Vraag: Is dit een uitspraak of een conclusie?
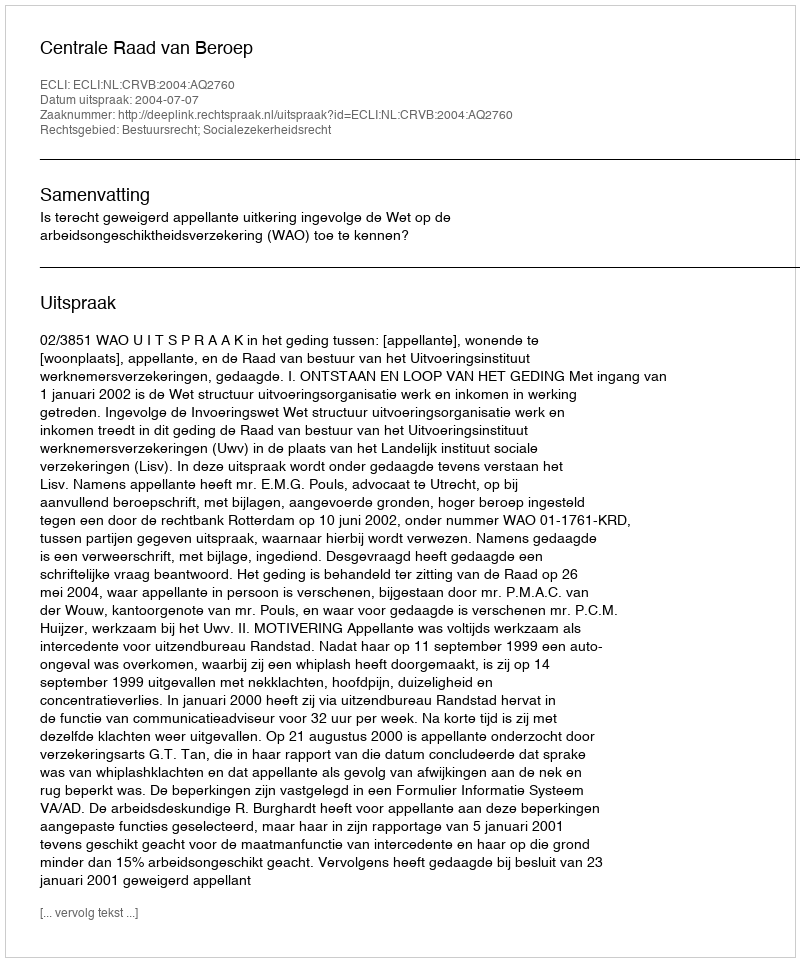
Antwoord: Uitspraak